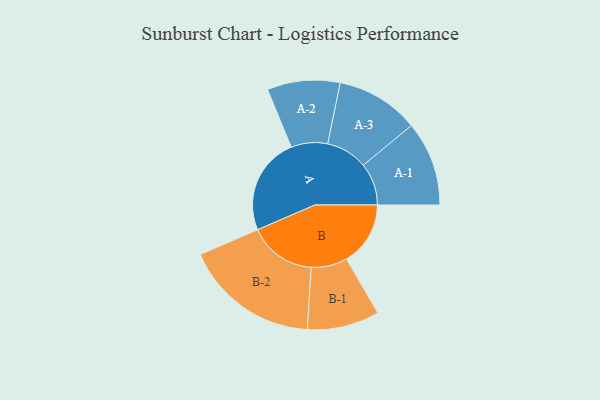
{"axis": {"x": "Segment", "y": "Value"}, "legend": ["", "A", "B"], "data": [{"x": "A", "y": 396, "type": ""}, {"x": "B", "y": 260, "type": ""}, {"x": "A-1", "y": 172, "type": "A"}, {"x": "A-2", "y": 148, "type": "A"}, {"x": "A-3", "y": 169, "type": "A"}, {"x": "B-1", "y": 147, "type": "B"}, {"x": "B-2", "y": 275, "type": "B"}]}